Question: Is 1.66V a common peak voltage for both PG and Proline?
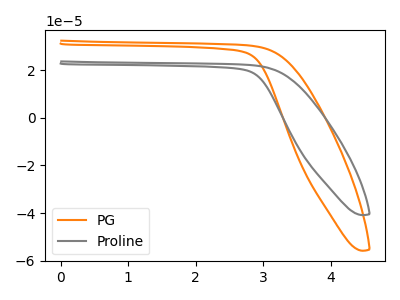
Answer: <think>The orange curve "PG" has no peaks. The gray curve "Proline" has no peaks.</think>
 <answer>No, "PG" and "Proline" dont share a peak at 1.66V.</answer>
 <eval>mismatch</eval>